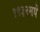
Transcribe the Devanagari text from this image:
१९३२मधे